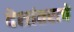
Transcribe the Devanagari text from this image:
देशांतराचे